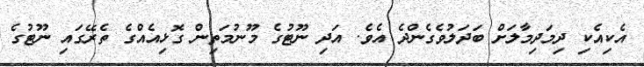
އެކިއެކި ދިމަދިމާލަށް ބަދަލުވެގެންދެ އެވެ. އަދި ނޫޓުގެ މޫނުމަތިން ގޮޅިއެއްގެ ތެރޭގައި ނޫޓުގެ